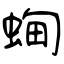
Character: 蜔